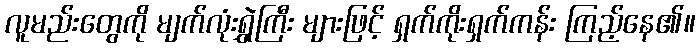
လူမည်းတွေကို မျက်လုံးရွှဲကြီး များဖြင့် ရှက်ကိုးရှက်ကန်း ကြည့်နေ၏။